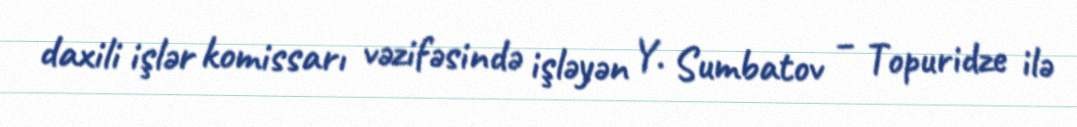
daxili işlər komissarı vəzifəsində işləyən Y. Sumbatov – Topuridze ilə